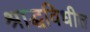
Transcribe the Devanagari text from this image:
श्राद्धविधीत